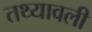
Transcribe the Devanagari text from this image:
तथ्यावली